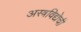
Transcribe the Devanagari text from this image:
अस्त्रविद्येची